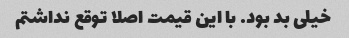
خیلی بد بود. با این قیمت اصلا توقع نداشتم